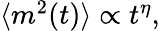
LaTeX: \begin{array}{r}{\langle m^{2}(t)\rangle\propto t^{\eta},}\end{array}